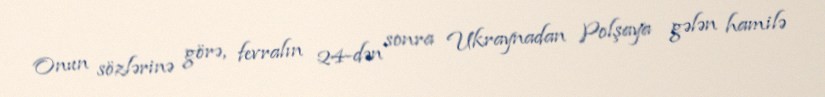
Onun sözlərinə görə, fevralın 24-dən sonra Ukraynadan Polşaya gələn hamilə